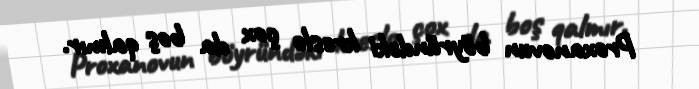
Proxanovun böyründəki kreslo çox da boş qalmır.